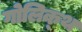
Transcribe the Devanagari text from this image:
गोलिक्थ